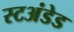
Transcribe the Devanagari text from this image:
स्टअंडेड